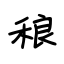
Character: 稂